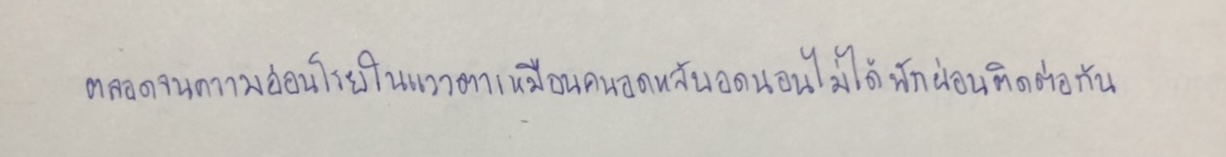
ตลอดจนความอ่อนโรยในแววตาเหมือนคนอดหลับอดนอนไม่ได้พักผ่อนติดต่อกัน